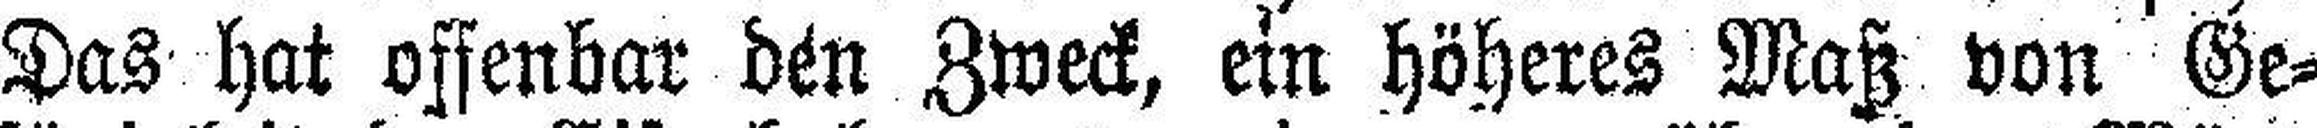
Das hat offenbar den Zweck, ein höheres Maß von Ge¬